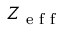
Z _ { \textrm { e f f } }